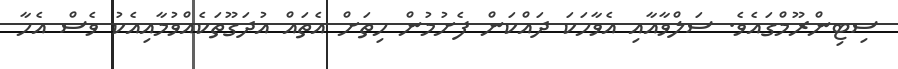
ސިޓިންރޫމްގައެވެ. ސަލްވާއާއި އެވާހަކަ ދައްކަން ފެށުމުން ހިތަށް އެތައް އުދަގޫތަކެއްވުމާއިއެކު ވެސް އެހާ